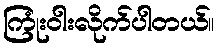
ကြုံးဝါးလိုက်ပါတယ်။